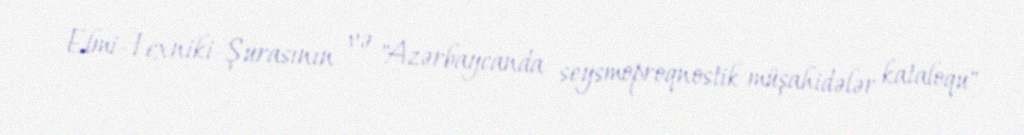
Elmi-Texniki Şurasının və "Azərbaycanda seysmoproqnostik müşahidələr kataloqu"